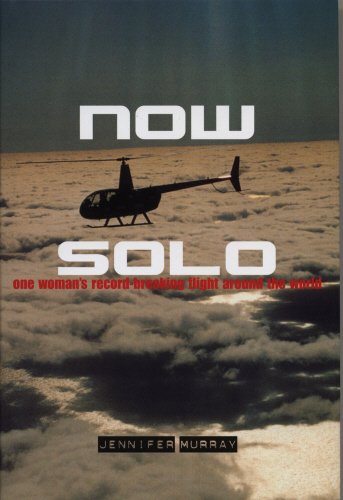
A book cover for Now Solo; Jennifer Murray; Travel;